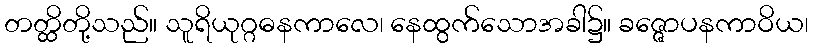
တတ္ထိတို့သည်။ သူရိယုဂ္ဂဓနကာလေ၊ နေထွက်သောအခါ၌။ ခဇ္ဇောပနကာဝိယ၊